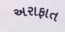
અરાફાત